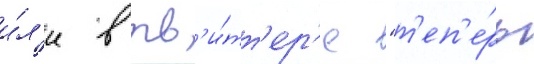
и́л'и в тв'и́тт'ер'е "т'еп'е́рь